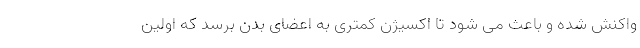
واکنش شده و باعث می شود تا اکسیژن کمتری به اعضای بدن برسد که اولین